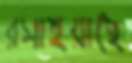
রসাইয়াছে